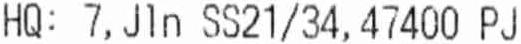
HQ: 7, JLN SS21/34, 47400 PJ